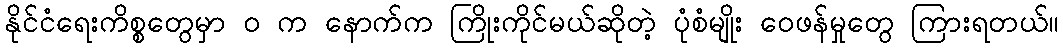
နိုင်ငံရေးကိစ္စတွေမှာ ဝ က နောက်က ကြိုးကိုင်မယ်ဆိုတဲ့ ပုံစံမျိုး ဝေဖန်မှုတွေ ကြားရတယ်။